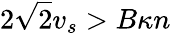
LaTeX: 2\sqrt{2}v_{s}>B\kappa n